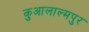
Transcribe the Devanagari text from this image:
कुआलाल्मपुर